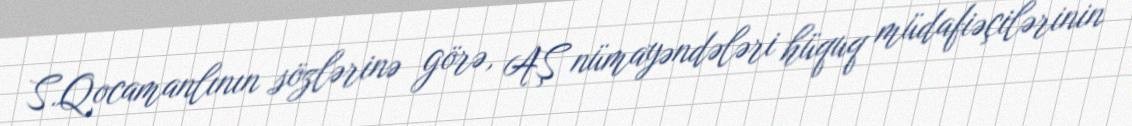
S.Qocamanlının sözlərinə görə, AŞ nümayəndələri hüquq müdafiəçilərinin